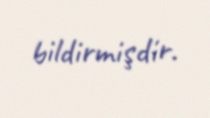
bildirmişdir.